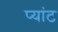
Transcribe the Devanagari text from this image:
प्यांट